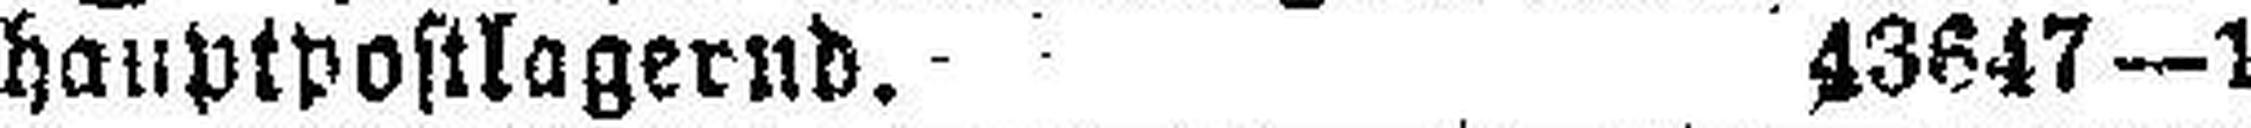
hauptpostlagernd. 43647—1